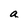
Character: a